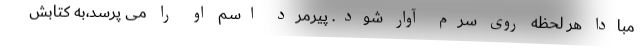
مبادا هر لحظه روی سرم آوار شود. پیرمرد اسم او را می پرسد،به کتابش